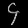
Digit: ၄